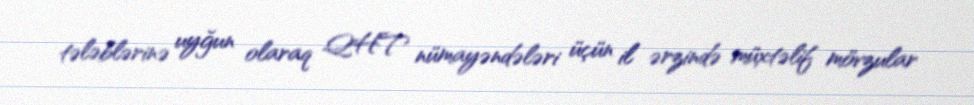
tələblərinə uyğun olaraq QHT nümayəndələri üçün il ərzində müxtəlif mövzular